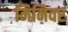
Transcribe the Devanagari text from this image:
मिनिवर